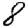
Digit: 8